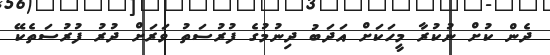
ދެން ކުށް ނުކުރާ މީހަކަށް އަދަބު ދިނުމުގެ ފުރުސަތު ވަރަށް ދުރު ފުރުސަތެކޭ